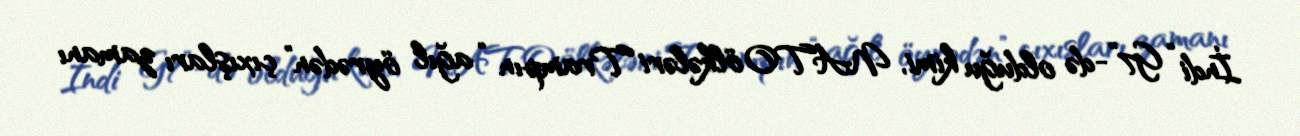
İndi “G7”-də olduğu kimi, NATO ölkələri Trampın “ağıl öyrədən” çıxışları zamanı